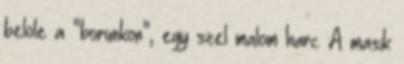
belole a “borunkon”, egy szel malom harc. A masik